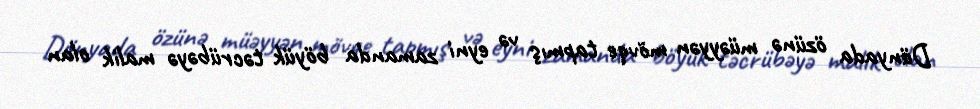
Dünyada özünə müəyyən mövqe tapmış və eyni zamanda böyük təcrübəyə malik olan